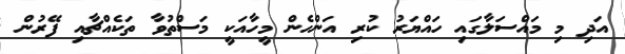
އަދި މި މައްސަލާގައި ހައްޔަރު ކުރި އަންހެން މީހާއަކީ މަސްތުވާ ތަކެއްޗާއި ފޭރުން